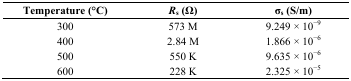
<table><thead><tr><td><b>Temperature (°C)</b></td><td><b><i>R</i><sub>s</sub> (Ω)</b></td><td><b>σ<sub>s</sub> (S/m)</b></td></tr></thead><tbody><tr><td>300</td><td>573 M</td><td>9.249 × 10<sup>−</sup><sup>9</sup></td></tr><tr><td>400</td><td>2.84 M</td><td>1.866 × 10<sup>−</sup><sup>6</sup></td></tr><tr><td>500</td><td>550 K</td><td>9.635 × 10<sup>−</sup><sup>6</sup></td></tr><tr><td>600</td><td>228 K</td><td>2.325 × 10<sup>−</sup><sup>5</sup></td></tr></tbody></table>